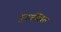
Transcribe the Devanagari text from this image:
पुनर्जलित